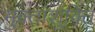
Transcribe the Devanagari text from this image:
मुक्ताशुक्ति